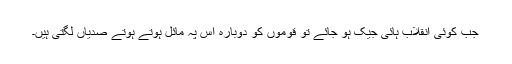
جب کوئی انقلاب ہائی جیک ہو جائے تو قوموں کو دوبارہ اس پہ مائل ہوتے ہوتے صدیاں لگتی ہیں۔